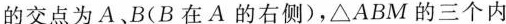
的交点为A、B(B在A的右侧)，\triangle ABM的三个内